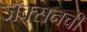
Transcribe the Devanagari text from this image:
जॅक्सनची